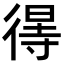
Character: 𢔽